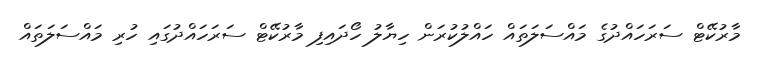
މާރުކޭޓް ސަރަހައްދުގެ މައްސަލަތައް ހައްލުކުރަން ހިޔާލު ހޯދައިފި މާރުކޭޓް ސަރަހައްދުގައި ހުރި މައްސަލަތައް